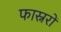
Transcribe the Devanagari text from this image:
फास्नरों